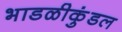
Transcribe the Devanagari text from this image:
भाडळीकुंडल